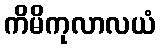
ကိမိကုလာလယံ